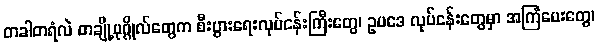
တခါတရံလဲ တချို့ပုဂ္ဂိုလ်တွေက စီးပွားရေးလုပ်ငန်းကြီးတွေ၊ ဥပဒေ လုပ်ငန်းတွေမှာ အကြံပေးတွေ၊